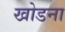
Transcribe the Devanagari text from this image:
खोडना